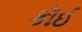
કૉઈ